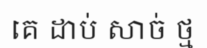
គេ ដាប់ សាច់ ថ្ម